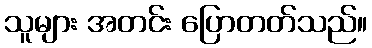
သူများ အတင်း ပြောတတ်သည်။